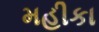
મહીકા